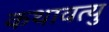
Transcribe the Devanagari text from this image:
कथावत्यु